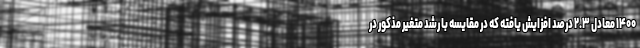
۱۴۰۰ معادل ۲.۳ درصد افزایش یافته که در مقایسه با رشد متغیر مذکور در